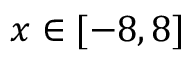
x \in [ - 8 , 8 ]